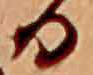
る